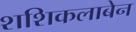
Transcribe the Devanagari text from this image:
शशिकलाबेन